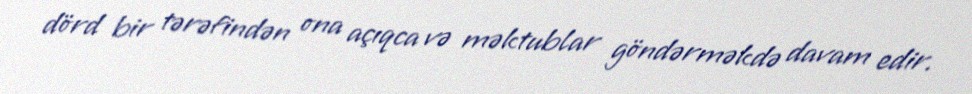
dörd bir tərəfindən ona açıqca və məktublar göndərməkdə davam edir.